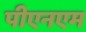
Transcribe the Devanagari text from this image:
पीएनएम